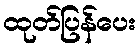
ထုတ်ပြန်ပေး